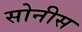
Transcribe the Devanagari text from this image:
सोनीस